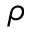
\rho